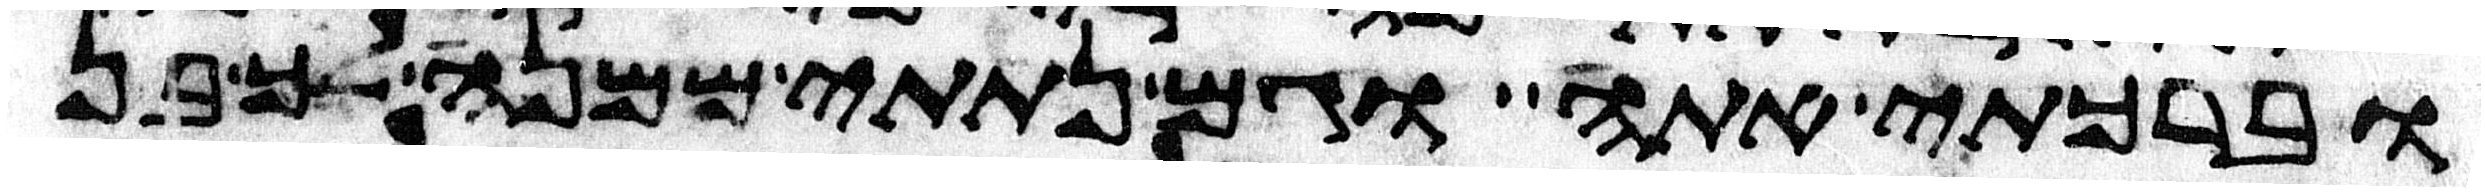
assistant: וברכתי אתה וגם נתתי ממנה לך בן